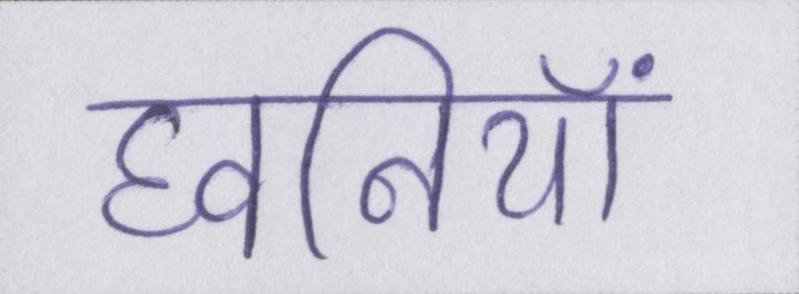
घ्वनियां